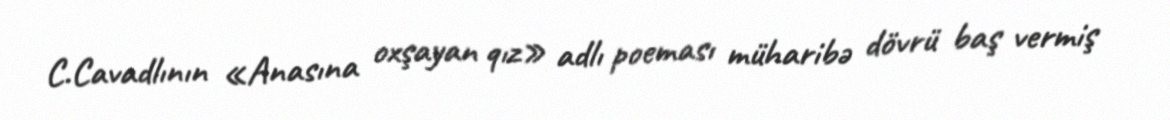
C.Cavadlının «Anasına oxşayan qız» adlı poeması müharibə dövrü baş vermiş